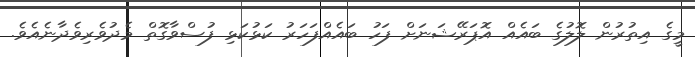
މީގެ އިތުރުން ލޮލުގެ ބައެއް އޮޕަރޭޝަނަށް ފަހު ބައެއްފަހަރު ކަޅުކަޅި ފުސްވާގޮތް މެދުވެރިވެދާނެއެވެ.